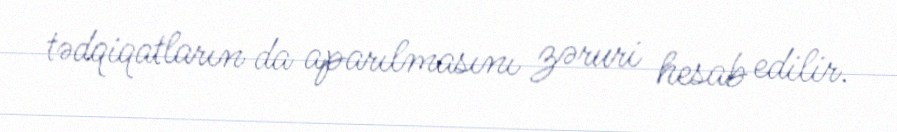
tədqiqatların da aparılmasını zəruri hesab edilir.